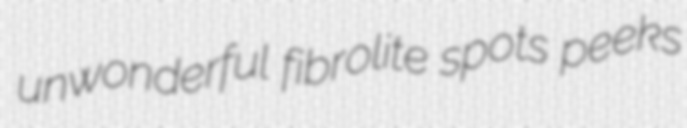
unwonderful fibrolite spots peeks